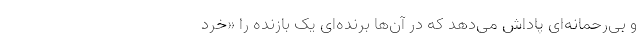
و بی‌رحمانه‌ای پاداش می‌دهد که در آن‌ها برنده‌ای یک بازنده را «خرد